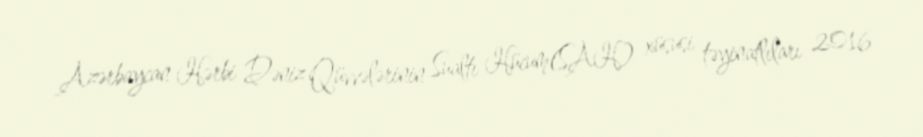
Azərbaycan Hərbi Dəniz Qüvvələrinin Sualtı Hücum(SAH) xüsusi təyinatlıları 2016